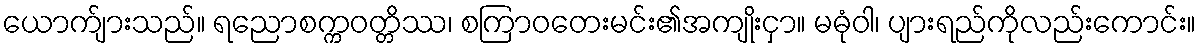
ယောက်ျားသည်။ ရညောစက္ကဝတ္တိဿ၊ စကြာဝတေးမင်း၏အကျိုးငှာ။ မဓုံဝါ၊ ပျားရည်ကိုလည်းကောင်း။